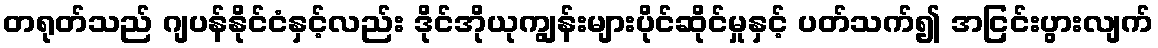
တရုတ်သည် ဂျပန်နိုင်ငံနှင့်လည်း ဒိုင်အိုယုကျွန်းများပိုင်ဆိုင်မှုနှင့် ပတ်သက်၍ အငြင်းပွားလျက်